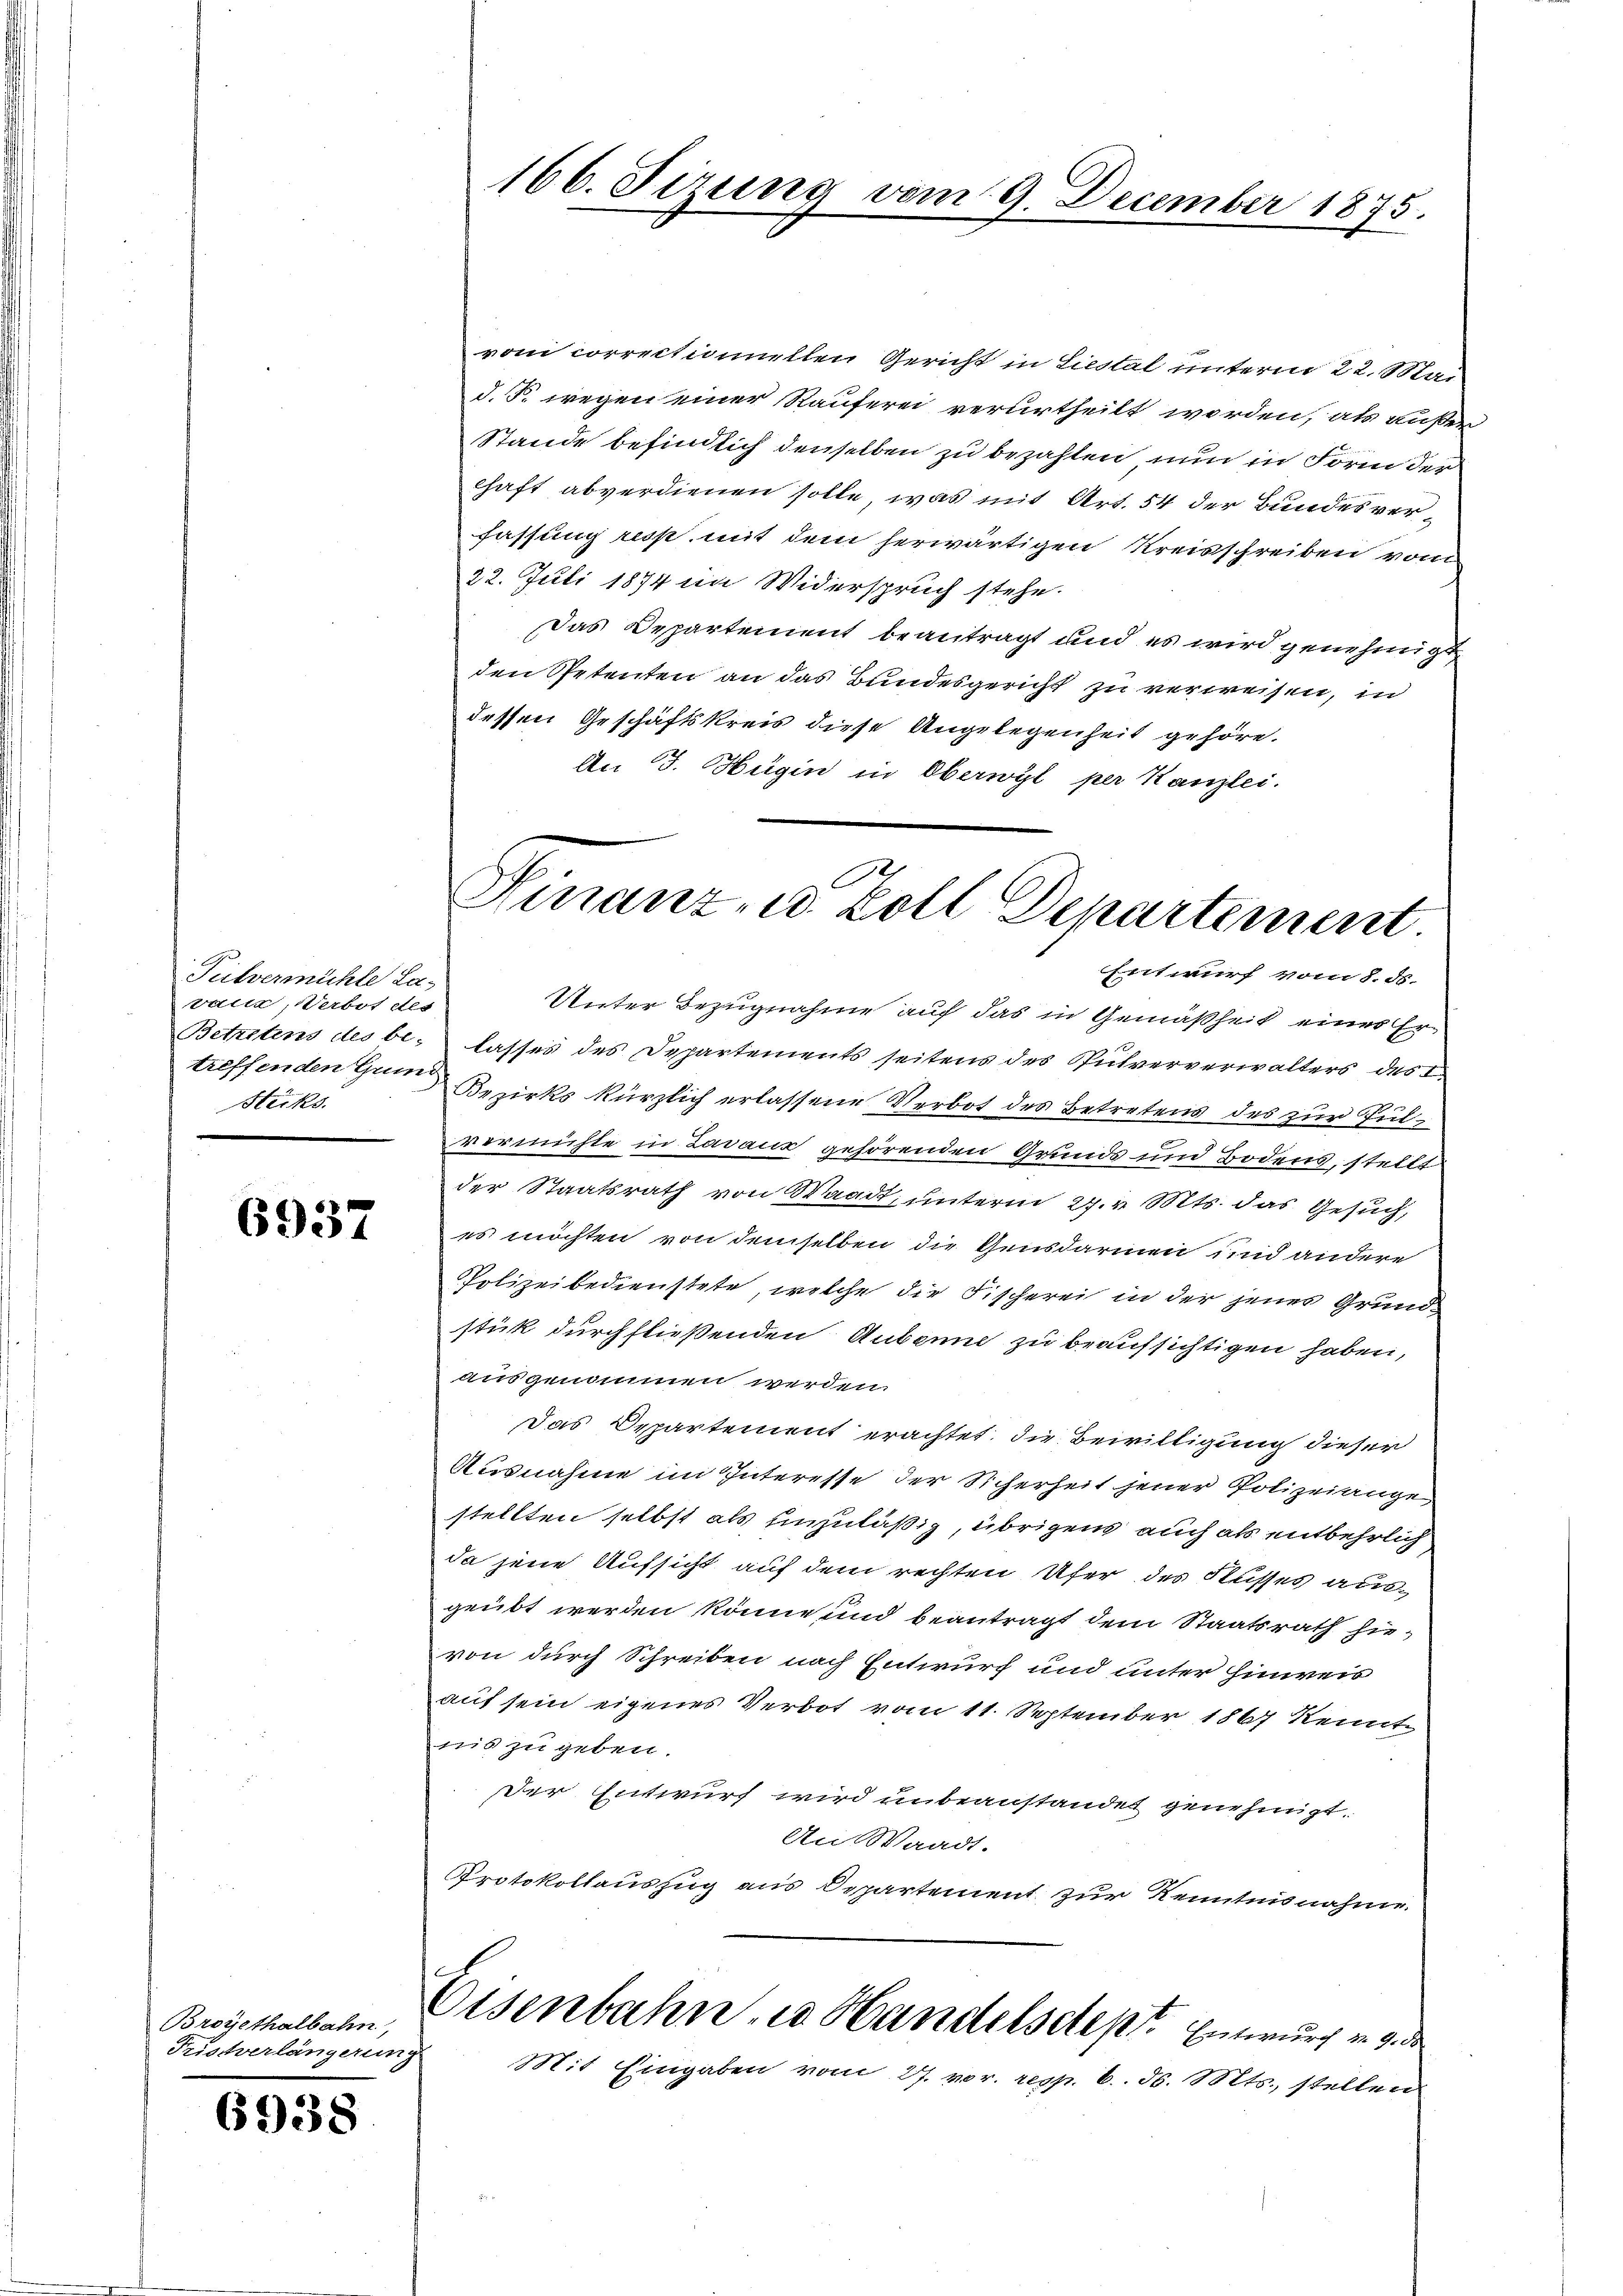
Pulvermühle La-
vaua, Werbot des
treffenden Grund
Hecks

6937

Broyethalbahn,
Tristverlängerung

6938

166. Firung vom 9. December 1875.

vom correctioniellen Gericht in Liestal unterm 22. Mai
d. F. wegen einer Räuferei verurtheilt worden, als außer
Stande befindlich denselben zu bezahlen, nun in Form der
chaft abverdienen solle, was mit Art. 54 der Bundesverfassung resp. mit dem herwärtigen Kreisschreiben von
22. Juli 1874 im Widerspruch stehe.
Das Departement beantragt und es wird genehmigt
den Spetenten an das Bundesgericht zu verweisen, in
dessen Geschäftskreis diese Angelegenheit gehöre.
An J. Hügin in Oberwyl per Kanzlei.

2
Hinanz- u. koll Departement
Entwurf vom 8. ds.

Unter Bezugnahme auf das in Gemäßheit eines Er¬
Betretens des be- lasses des Departements seitens des Pulververwalters des I
Bezirks kürzlich erlassene Verbot des Betretens des zur Gülvermühle in Lavaux gehörenden Grunds und Bodens, stellt
der Staatsrath von Waadt, unterm 27. v. Mts. das Gesuch,
es möchten von demselben die Gensdarmen und andere
Polizeibedienstete, welche die Fischerei in der jenes Grundstick durchfließenden Aubonne zu beaufsichtigen haben,
ausgenommen werden.
Das Departement erachtet, die Bewilligung dieser
Ausnahme im Interesse der Sicherheit jener Polizeiange
stellten selbst als unzuläßig, übrigens auch als entbehrlich
da jene Aufsicht auf dem rechten Ufer des Flusses ausgeübt werden könne und beantragt dem Staatsrath hievon durch Schreiben nach Entwurf und unter Hinweis
auf sein eigenes Verbot vom 11. September 1867 kennte
nis zu geben.
Der Entwurf wird unbeanstandet genehmigt.
An Waadt.
Protokollauszug aus Departement zur Kenntnisnahme
Eisenbahn in Handelschept. Entwurf in 9. de
Mit Eingaben vom 27. vor. resp. 6. d. Mts., stellen